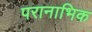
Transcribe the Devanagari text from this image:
परानाभिक